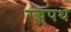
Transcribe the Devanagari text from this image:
रज्जुपथ